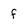
Character: f